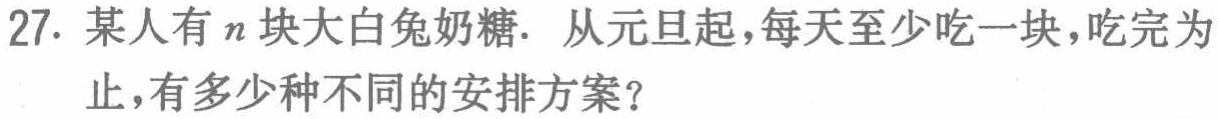
27. 某人有\(n\)块大白兔奶糖. 从元旦起，每天至少吃一块，吃完为止，有多少种不同的安排方案？